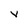
Character: v